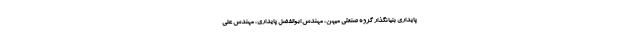
پایداری بنیانگذار گروه صنعتی میهن، مهندس ابوالفضل پایداری، مهندس علی